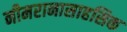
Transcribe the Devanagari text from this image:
नीमरानासाहसिक